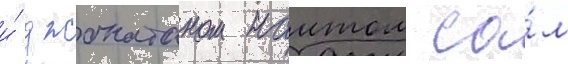
и́ джонатаном наитом са́м